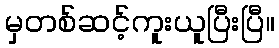
မှတစ်ဆင့်ကူးယူပြီးပြီ။